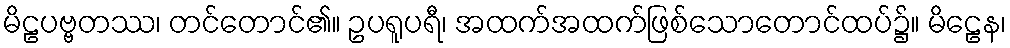
မိဠပဗ္ဗတဿ၊ တင်တောင်၏။ ဥပရူပရီ၊ အထက်အထက်ဖြစ်သောတောင်ထပ်၌။ မိဠေန၊